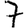
Digit: 7